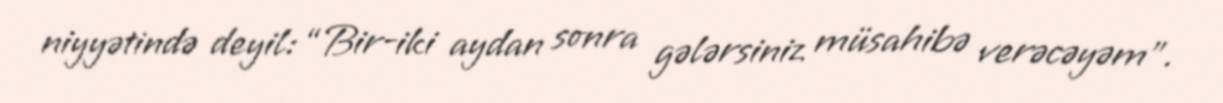
niyyətində deyil: “Bir-iki aydan sonra gələrsiniz müsahibə verəcəyəm”.